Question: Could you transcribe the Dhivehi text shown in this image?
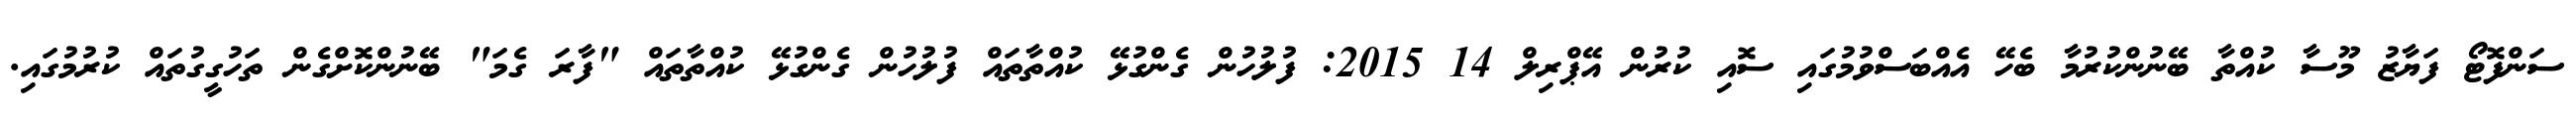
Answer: ސަންފޮޓޯ ފަޔާޒު މޫސާ ކުއްތާ ބޭނުންކުރުމާ ބެހޭ އެއްބަސްވުމުގައި ސޮއި ކުރުން އޭޕްރިލް 14 2015: ފުލުހުން ގެންގުޅޭ ކުއްތާތައް ފުލުހުން ގެންގުޅޭ ކުއްތާތައް "ފާރަ ގެމަ" ބޭނުންކޮށްގެން ތަހުގީގުތައް ކުރުމުގައި.